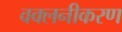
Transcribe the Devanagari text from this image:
वक्लनीकरण